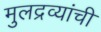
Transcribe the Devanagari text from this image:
मुलद्रव्यांची